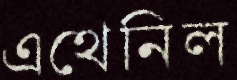
এথেনিল